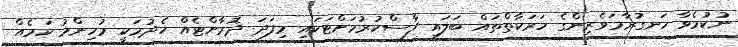
ނުކުމެވާ ހަނގުރާމަވެރިންގެ ހަރަކާތްތައް ބަލައި ފާސްކުރުމަށްޓަކައި މިފަދަ ދޮރާށްޓެއް ހެދުމަކީ މުހިންމު ކަމެއް